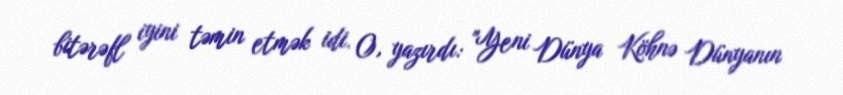
bitərəfl iyini təmin etmək idi. O, yazırdı: "Yeni Dünya Köhnə Dünyanın